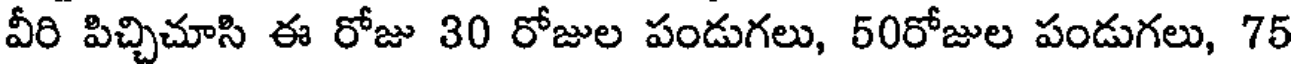
వీరి పిచ్చిచూసి ఈ రోజు 30 రోజుల పండుగలు, 50రోజుల పండుగలు, 75